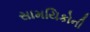
સામયિકોની